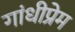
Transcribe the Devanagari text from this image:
गांधीप्रेम